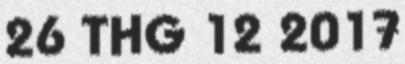
26 THG 12 2017